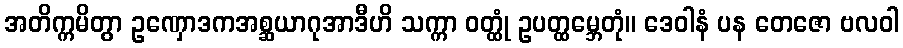
အတိက္ကမိတွာ ဥဏှောဒကအစ္ဆယာဂုအာဒီဟိ သက္ကာ ဝတ္ထုံ ဥပတ္ထမ္ဘေတုံ။ ဒေဝါနံ ပန တေဇော ဗလဝါ